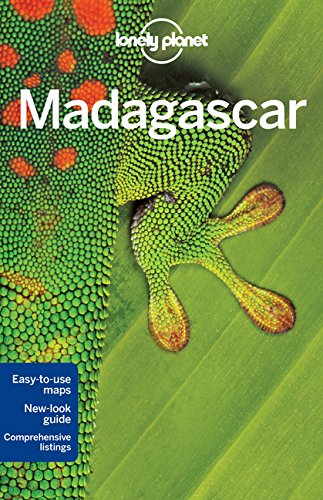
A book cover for Lonely Planet Madagascar (Travel Guide); Lonely Planet; Travel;